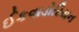
ઈકવાડોરિયન